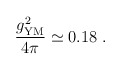
\begin{align*}{g^2_{\mathrm{YM}}\over 4\pi} \simeq 0.18\ .\end{align*}